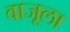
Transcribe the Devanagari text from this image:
वाजूला